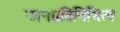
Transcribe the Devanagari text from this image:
जनप्रतिनिधित्व